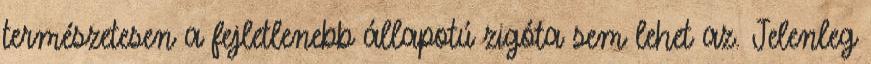
természetesen a fejletlenebb állapotú zigóta sem lehet az. Jelenleg